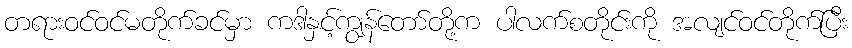
တရားဝင်ဝင်မတိုက်ခင်မှာ ကဒါနှင့်ကျွန်တော်တို့က ပါလက်စတိုင်းကို အလျင်ဝင်တိုက်ပြီး